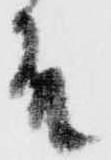
殿